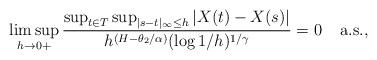
LaTeX: \begin{align*}\displaystyle\limsup_{h\to 0+}\dfrac{\sup_{t\in T}\sup_{|s-t|_\infty\leq h} |X(t)-X(s)|}{h^{(H-\theta_{2}/\alpha)}(\log{1/h})^{1/\gamma}}=0\;\; \; \; {\rm a.s.},\end{align*}